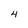
Character: 4